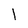
Character: 1